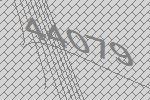
44079